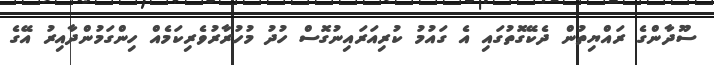
ސޫދާންގެ ރައްޔިތުން ދެކޭގޮތުގައި އެ ގައުމު ކުރިއަރައިނުގޮސް ހުދު މުހުރާރުވެރިކަމެއް ހިންގަމުންދާއިރު އޭގެ